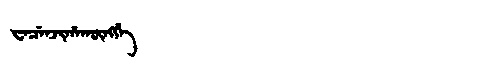
Manchu: ᠸᡝᠴᡝᠨᠵᡳᡥᠠᡴᡡᠩᡤᡝ
Romanization: WECENJIHAKŪNGGE